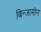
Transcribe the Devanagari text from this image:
बिन्जामीन